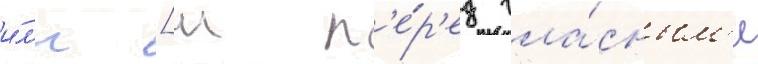
и́л'и [ш п'е́р'ед гла́сным'и